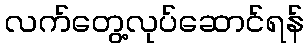
လက်တွေ့လုပ်ဆောင်ရန်